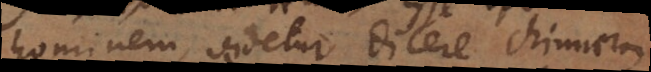
‐hominem videtur dicere chimaeram